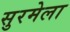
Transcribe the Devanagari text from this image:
सुरमेला